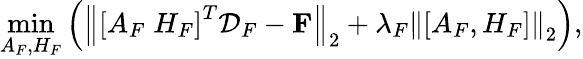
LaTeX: \operatorname*{min}_{A_{F},H_{F}}{\left(\left\| \left[A_{F}\; H_{F}\right]^{T}\mathcal{D}_{F}-\mathbf{F}\right\| _{2}+\lambda_{F}\left\| \left[A_{F},H_{F}\right]\right\| _{2}\right)},